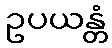
ဥပယန္တံ